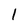
Character: 1